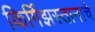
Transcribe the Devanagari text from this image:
किर्गिझस्तानाचे